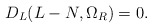
\begin{align*}D_{L}(L-N,\Omega_{R}) = 0.\end{align*}